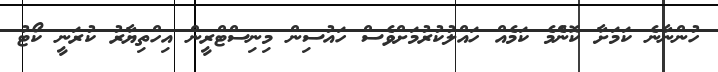
ހުންނާނެ ކަމަށާ ކޮންެމެ ކަމެއް ހައްލުކުރުމަށްވެސް ހައުސިން މިނިސްޓްރީން އިހްތިޔާރު ކުރަނީ ކޯޓު